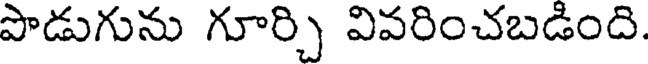
పొడుగును గూర్చి వివరించబడింది.